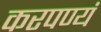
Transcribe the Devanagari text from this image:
करपण्यं